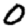
Digit: 0